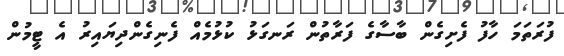
ފުރަތަމަ ހާފު ފެށިގެން ބާސާގެ ފަރާތުން ރަނގަޅު ކުޅުމެއް ފެނިގެންދިޔައިރު އެ ޓީމުން